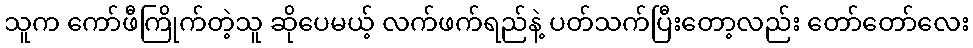
သူက ကော်ဖီကြိုက်တဲ့သူ ဆိုပေမယ့် လက်ဖက်ရည်နဲ့ ပတ်သက်ပြီးတော့လည်း တော်တော်လေး